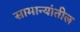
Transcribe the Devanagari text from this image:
सामान्यांतील